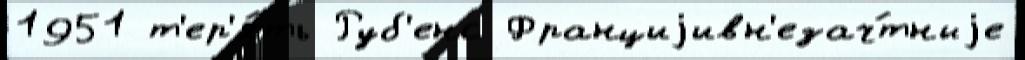
1951 т'ер'я́ть Руб'енс Франциjивн'езач́тныjе